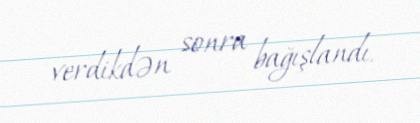
verdikdən sonra bağışlandı.